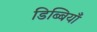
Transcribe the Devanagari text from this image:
डिब्बियाँ